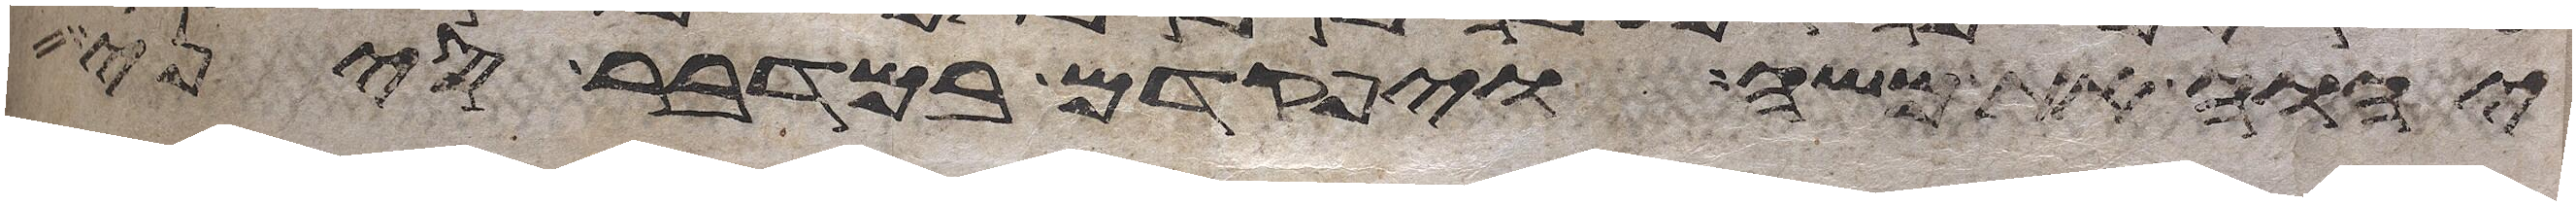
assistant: יהוה את משה ויפקדם במדבר סיני